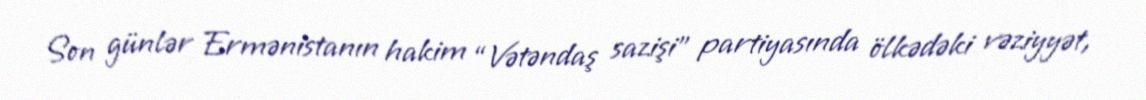
Son günlər Ermənistanın hakim “Vətəndaş sazişi” partiyasında ölkədəki vəziyyət,